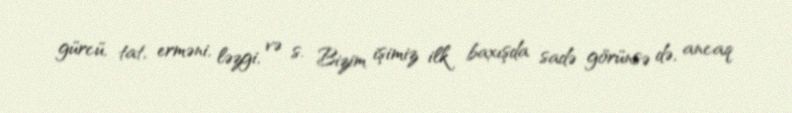
gürcü, tat, erməni, ləzgi, və s. Bizim işimiz ilk baxışda sadə görünsə də, ancaq